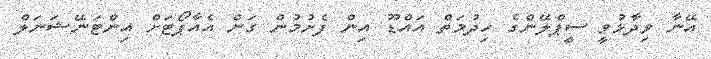
އޭނާ ވިދާޅުވީ ސީޕްލޭންގެ ހިދުމަތް އައްޑޫ އިން ފެށުމުން ގަން އެއާޕޯޓަށް އިންޓަނޭޝަނަލް